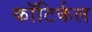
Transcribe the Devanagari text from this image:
कॉटिर्कल